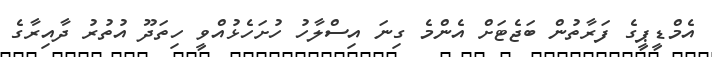
އެމްޑީޕީގެ ފަރާތުން ބަޖެޓަށް އެންމެ ގިނަ އިސްލާހު ހުށަހެޅުއްވީ ހިތަދޫ އުތުރު ދާއިރާގެ